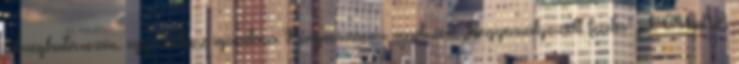
célmeghatározás: egymáshoz igazítása Kompenzációs rendszer: „kiegyensúlyozott fizetés” pl. CIGNA